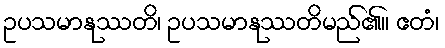
ဥပသမာနုဿတိ၊ ဥပသမာနုဿတိမည်၏။ ဧတံ၊